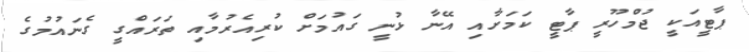
ޕާޓީއަކީ ޖުމްހޫރީ ޕާޓީ ކަމަށާއި އޭނާ ޅުނީ ގައުމަށް ކުރިއެރުމާއި ތަރައްގީ ގެނައުމުގެ